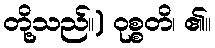
တို့သည်။) ဝုစ္စတိ၊ ၏။